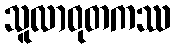
သူလာဝုတကဿ